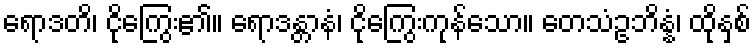
ရောဒတိ၊ ငိုကြွေး၏။ ရောဒန္တာနံ၊ ငိုကြွေးကုန်သော။ တေသံဥဘိန္နံ၊ ထိုနှစ်